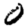
Digit: 0